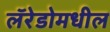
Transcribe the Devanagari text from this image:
लॅरेडोमधील